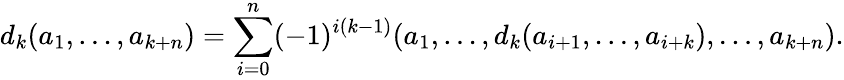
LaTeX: d_{k}(a_{1},\ldots,a_{k+n})=\sum_{i=0}^{n}(-1)^{i(k-1)}(a_{1},\ldots,d_{k}(a_{i+1},\ldots,a_{i+k}),\ldots,a_{k+n}).